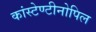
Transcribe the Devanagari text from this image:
कांस्टेण्टीनोपिल